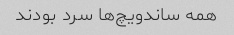
همه ساندویچ‌ها سرد بودند